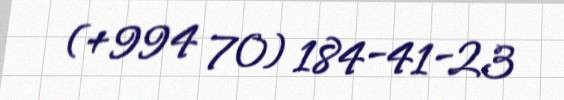
(+994 70) 184-41-23